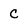
Character: c